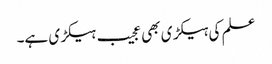
علم کی ہیکڑی بھی عجیب ہیکڑی ہے۔